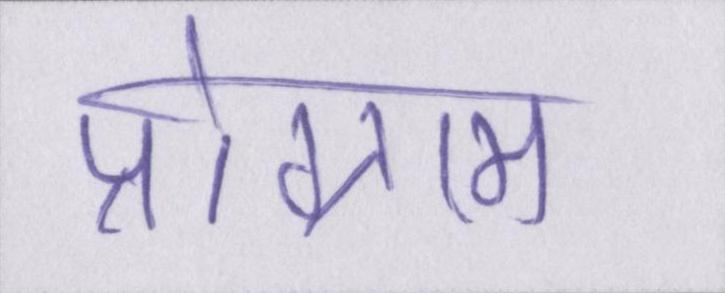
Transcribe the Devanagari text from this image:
प्रोग्राम